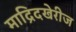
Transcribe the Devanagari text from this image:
माद्रिदखेरीज